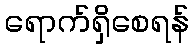
ရောက်ရှိစေရန်